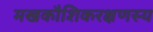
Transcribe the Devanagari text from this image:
मखकौशिकरक्षणस्य